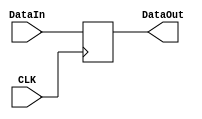
`timescale 1ns / 1ps
//////////////////////////////////////////////////////////////////////////////////
// Company: 
// Engineer: 
// 
// Design Name: 
// Module Name: DBDR
// Project Name: 
// Target Devices: 
// Tool Versions: 
// Description: 
// 
// Dependencies: 
// 
// Revision:
// Revision 0.01 - File Created
// Additional Comments:
// 
//////////////////////////////////////////////////////////////////////////////////


module DBDR(
    input CLK,
    input [31:0] DataIn,
    output reg [31:0] DataOut
    );

    always @(negedge CLK) DataOut <= DataIn;
endmodule